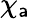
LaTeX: \chi_{\mathsf{a}}